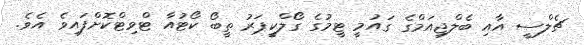
ޗެލްސީ އާއި ބެލްޖިއަމްގެ ގައުމީ ޓީމުގެ ގޯލްކީޕަރު ތީބޯ ކޯޓުއާ ޓްވިޓްކޮށްފައިވެ އެވެ.